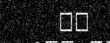
٣٦